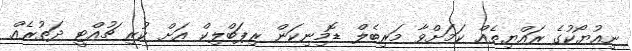
ނިއުޔޯކުގެ ރައްޔިތެއް ކަމަށްވާ މަރިބެލް ޑޮމިނިކަން ރިޕަބްލިކް އަށް ކުރި ޗުއްޓީ ދަތުރެއް